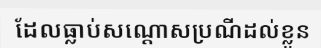
ដែលធ្លាប់សណ្តោសប្រណីដល់ខ្លួន